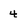
Character: 4